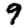
Digit: 9